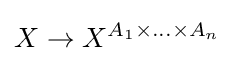
X\rightarrow X^{A_{1}\times \ldots \times A_{n}}